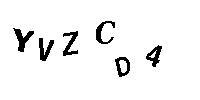
YVZCD4